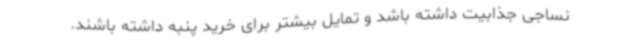
نساجی جذابیت داشته باشد و تمایل بیشتر برای خرید پنبه داشته باشند.